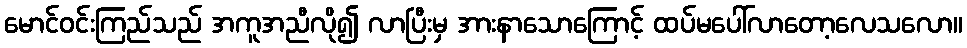
မောင်ဝင်းကြည်သည် အကူအညီလို၍ လာပြီးမှ အားနာသောကြောင့် ထပ်မပေါ်လာတော့လေသလော။